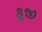
કૂજી